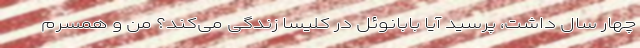
چهار سال داشت، پرسید آیا بابانوئل در کلیسا زندگی می‌کند؟ من و همسرم